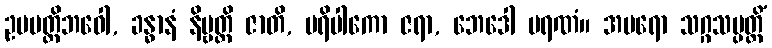
ဥပပတ္တိဘဝေါ, ခန္ဓာနံ နိဗ္ဗတ္တိ ဇာတိ, ပရိပါကော ဇရာ, ဘေဒေါ မရဏံ။ အပရော သဂ္ဂသမ္ပတ္တိံ